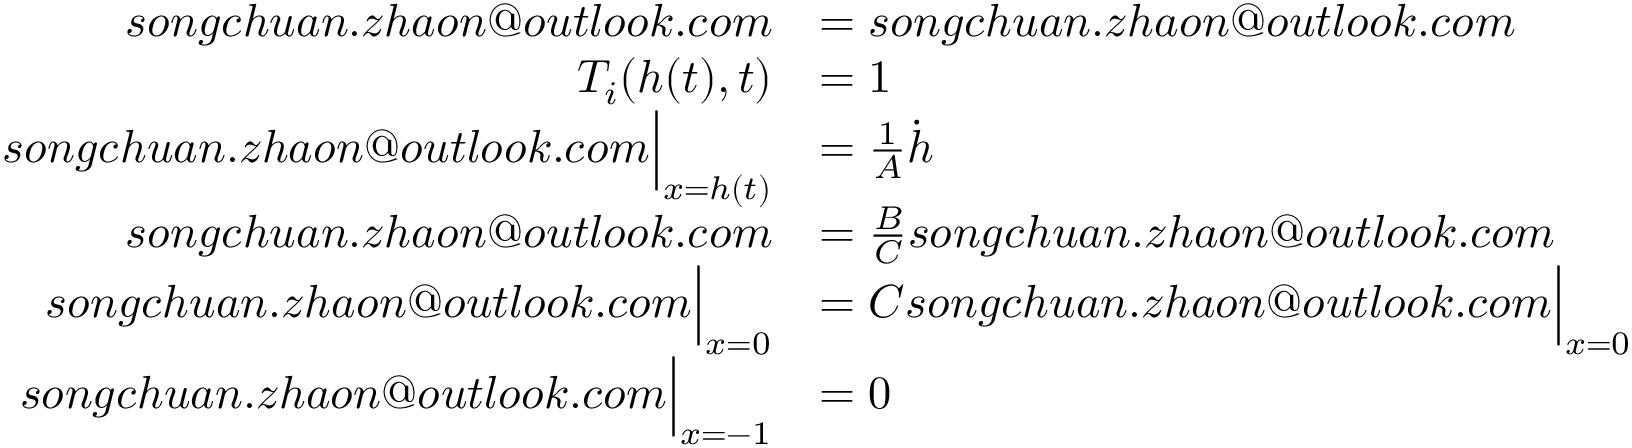
\begin{array} { r l } { s o n g c h u a n . z h a o n @ o u t l o o k . c o m } & { = s o n g c h u a n . z h a o n @ o u t l o o k . c o m } \\ { { T _ { i } } ( { h } ( t ) , t ) } & { = 1 } \\ { s o n g c h u a n . z h a o n @ o u t l o o k . c o m \Big \vert _ { x = h ( t ) } } & { = \frac 1 A \dot { h } } \\ { s o n g c h u a n . z h a o n @ o u t l o o k . c o m } & { = \frac B C s o n g c h u a n . z h a o n @ o u t l o o k . c o m } \\ { s o n g c h u a n . z h a o n @ o u t l o o k . c o m \Big \vert _ { x = 0 } } & { = C s o n g c h u a n . z h a o n @ o u t l o o k . c o m \Big \vert _ { x = 0 } } \\ { s o n g c h u a n . z h a o n @ o u t l o o k . c o m \Big \vert _ { x = - 1 } } & { = 0 } \end{array}